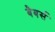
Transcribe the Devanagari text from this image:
बैबर्स